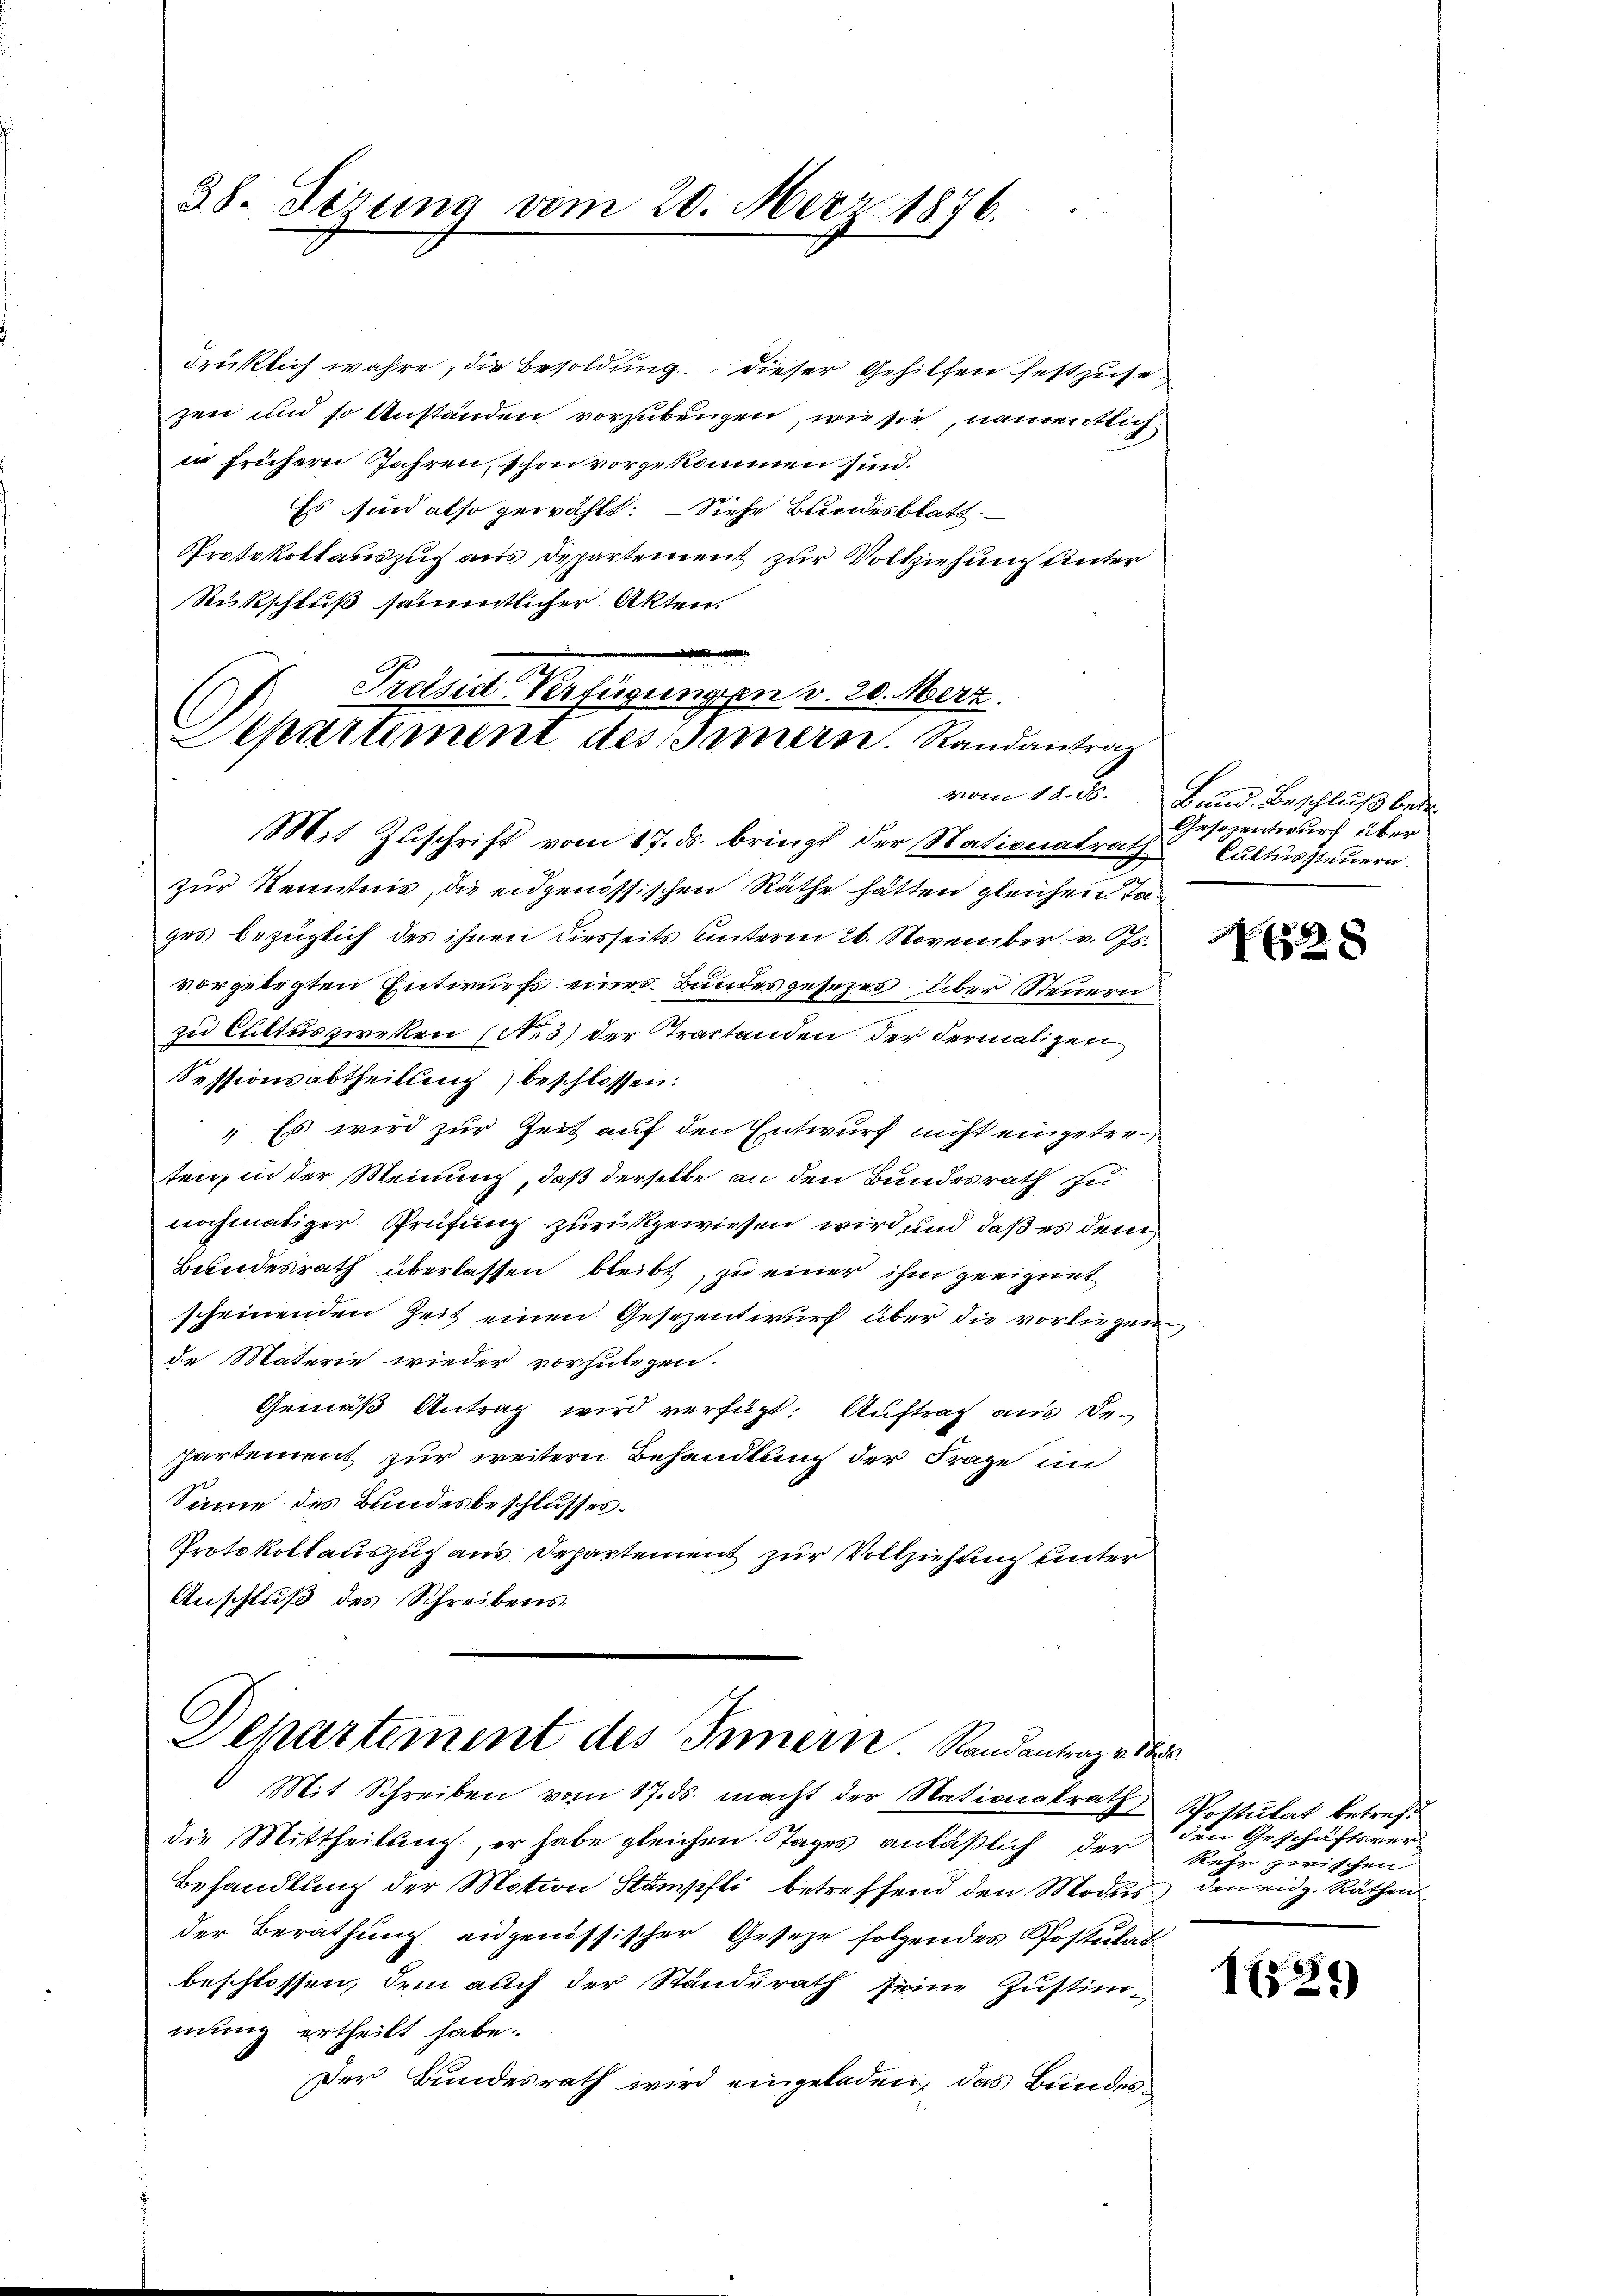
38. Sizung vom 20. März 1876.

drüklich wahre, die Besoldung dieser Gehilfen festzusezen und so anständen vorzubeugen, wie sie, namentlich
in frühern Jahren, schon vorgekommen sind.
Es sind also gewählt. – Siehe Bundesblatt.
Protokollauszug aus Departement zur Vollziehung unter
Rükschluß sämmtlicher Akten.

Preisid. Verfügungen v. 20. Merz.
Departement des Innern. Randantrag

Mit Zŭschrift vom 17. ds. bringt der Stationalrath Cuttŭssteŭern.
zur Kenntnis, die eidgenössischen Räthe hätten gleichen Tages bezüglich des ihnen diesseits unterm 26. November v. Js.
vorgelegten Entwurfs eines Bundesgesezes über Steuern
zu Cultus zweken (No 3) der Tractanden der dermaligen
Sessionsabtheilung beschlossen:
" Es wird zur Zeit auf den Entwurf nicht eingetreten, in der Meinung, daß derselbe an den Bundesrath zu
nochmaliger Prüfung zurückgewiesen wird und daß es dem
Bundesrath überlassen bleibt, zu einer ihm geeignet
scheinenden Zeit einen Gesezentwurf über die vorliegen
de Materie wieder vorzulegen.
Gemäß Antrag wird verfügt: Auftrag aus Bepartement zur weitern Behandlung der Frage im
Sinne des Bundesbeschlusses.
Protokollauszug aus Departement zur Vollziehung unter
Anschluß des Schreibens.

Departement des Innern Randantrag vor.
Mit Schreiben vom 17. ds. macht der Nationalrath,

die Mittheilung, er habe gleichen Tages anläßlich der
Behandlung der Motion Stahl betreffend den Modus,
der Berathung eidgenössischer Gesetze folgendes Postulat
beschlossen, dem auch der Standerath seine Justim-
mung ertheilt habe.
Der Bundesrath wird eingeladen, das Bundes¬

vom 18. d. Bund. Beschluß betr.
Gesezentwurf über

f 8 x

Postulat betreff
den Geschäftsver
Rehr zwischen
den eidg. Räthen

15)